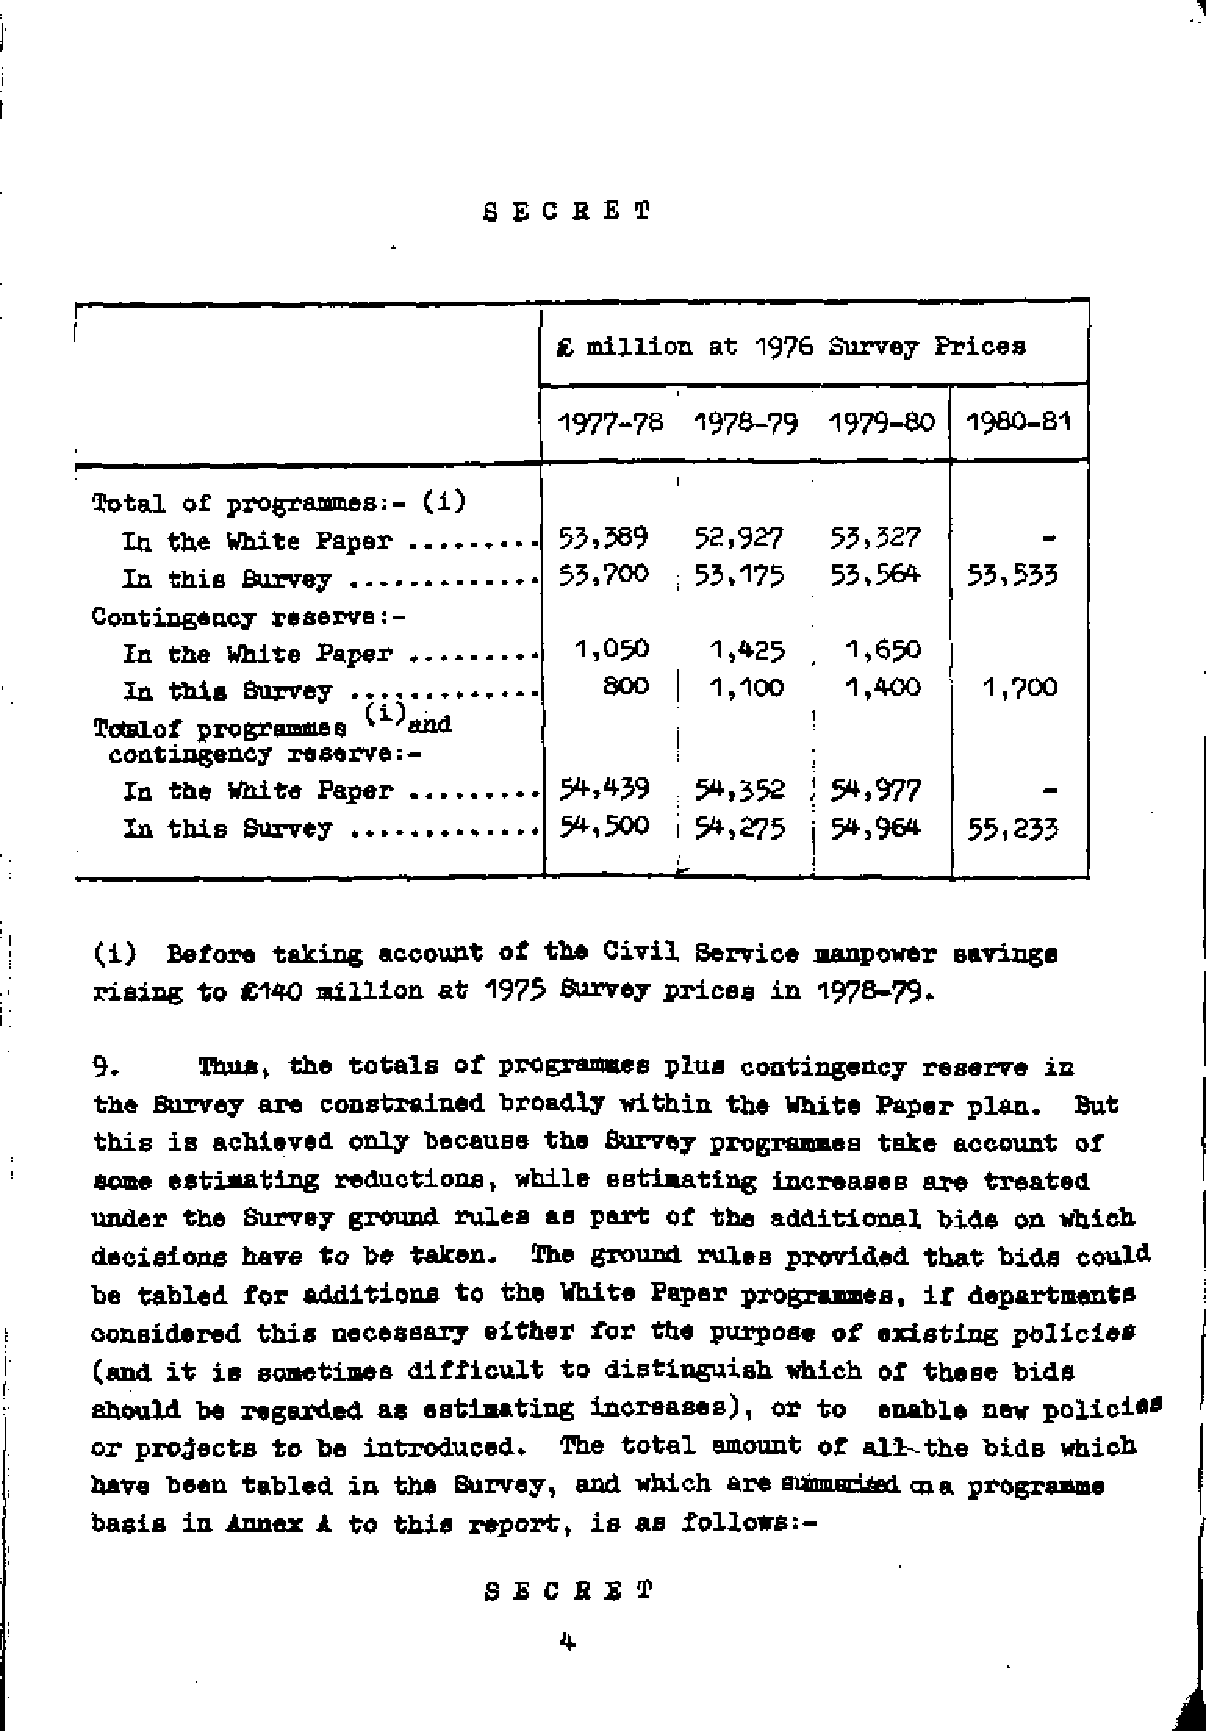
£ million at 197& Survey Prices
 1977-78  1978-79  1979-80  1980-81
 Total of programmes:- (i)
 55,589  , 52,927   53,527
 In the White Paper ....
 55,700  ; 55,175  .  55,564 55,553
 In this Survey
 Contingency reserve:-
 In the White Paper ....       1,050    1,425    1,650
 In this Survey .                800    1,100    1,400    1,700
 Totalof programmes Wand
 contingency reserve:-
 5*,439   54,352  J 5^,977
 In the White Paper ..
 In this Survey               5^,500   5^,275  j 5^,964  55,233
 (i)  Before taking account of the Civil Service manpower savings
 rising to £140 million at 1975 Survey prices in 1978-79.
 9.     Thus, the totals of programmes plus contingency reserve in
 the Survey are constrained broadly within the White Paper plan.  But
 this is achieved only because the Survey programmes take account of
 some estimating reductions, while estimating increases are treated
 under the Survey ground rules as part of the additional bide on which
 decisions have to he taken.  The ground rules provided that bids could
 he tabled for additions to the White Paper programmes, if departments
 oonsidered this necessary either for the purpose of existing policies
 (and it is sometimes difficult to distinguish which of these bids
 should be regarded as estimating increases), or to  enable new polici**
 or projects to be introduced.  The total amount of aia^the bids which
 have been tabled in the Survey, and which are sunmaciaad ma programme
 basis in Annex A to this report, is as follows:­